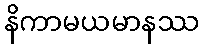
နိကာမယမာနဿ